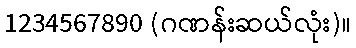
1234567890 (ဂဏန်းဆယ်လုံး)။